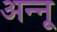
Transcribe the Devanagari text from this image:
अन्‍नू